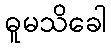
ဓူမသိခေါ